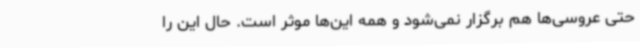
حتی عروسی‌ها هم برگزار نمی‌شود و همه این‌ها موثر است. حال این را